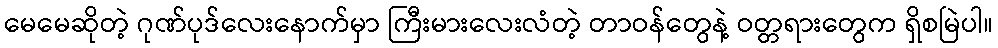
မေမေဆိုတဲ့ ဂုဏ်ပုဒ်လေးနောက်မှာ ကြီးမားလေးလံတဲ့ တာဝန်တွေနဲ့ ဝတ္တရားတွေက ရှိစမြဲပါ။